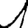
Digit: 1